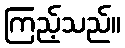
ကြည့်သည်။